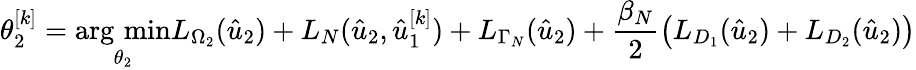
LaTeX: \theta_{2}^{[k]}=\operatorname*{arg\, min}_{\theta_{2}}L_{\Omega_{2}}(\hat{u}_{2})+L_{N}(\hat{u}_{2},\hat{u}_{1}^{[k]})+L_{\Gamma_{N}}(\hat{u}_{2})+\frac{\beta_{N}}{2}\left(L_{D_{1}}(\hat{u}_{2})+L_{D_{2}}(\hat{u}_{2})\right)